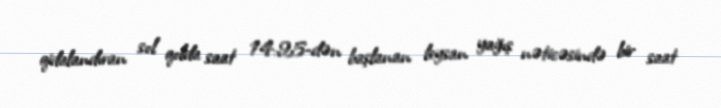
qidalandıran sol qolda saat 14:25-dən başlanan leysan yağış nəticəsində bir saat